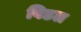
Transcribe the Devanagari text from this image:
बिडल